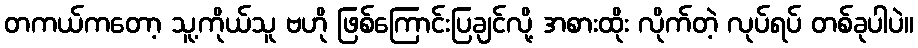
တကယ်ကတော့ သူ့ကိုယ်သူ ဗဟို ဖြစ်ကြောင်းပြချင်လို့ အစားထိုး လိုက်တဲ့ လုပ်ရပ် တစ်ခုပါပဲ။